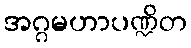
အဂ္ဂမဟာပဏ္ဍိတ